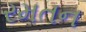
રમતન